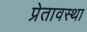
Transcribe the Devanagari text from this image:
प्रेतावस्था